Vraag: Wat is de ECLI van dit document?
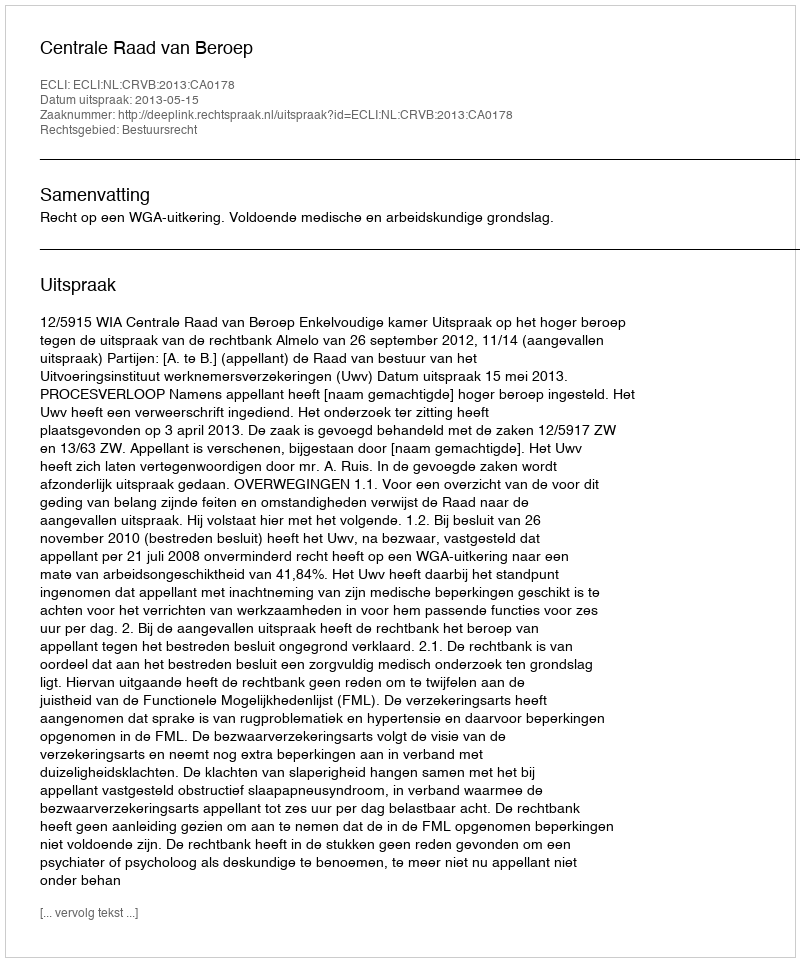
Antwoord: ECLI:NL:CRVB:2013:CA0178